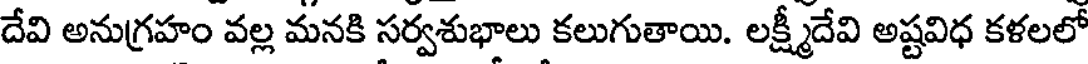
దేవి అనుగ్రహం వల్ల మనకి సర్వశుభాలు కలుగుతాయి. లక్ష్మీదేవి అష్టవిధ కళలలో